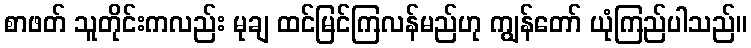
စာဖတ် သူတိုင်းကလည်း မုချ ထင်မြင်ကြလန်မည်ဟု ကျွန်တော် ယုံကြည်ပါသည်။